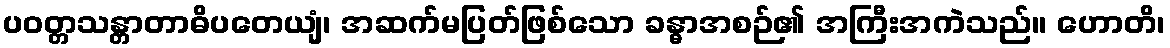
ပဝတ္တသန္တာတာဓိပတေယျံ၊ အဆက်မပြတ်ဖြစ်သော ခန္ဓာအစဉ်၏ အကြီးအကဲသည်။ ဟောတိ၊